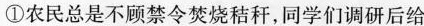
①农民总是不顾禁令焚烧秸秆，同学们调研后给